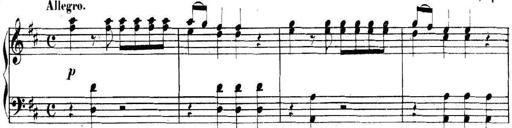
Title: Collected Piano Sonatas
Composer: Muzio Clementi